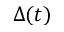
\Delta ( t )